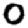
Digit: 0